Annual administration report of the Civil Veterinary Department of India - 1897-1898
Year: 1897
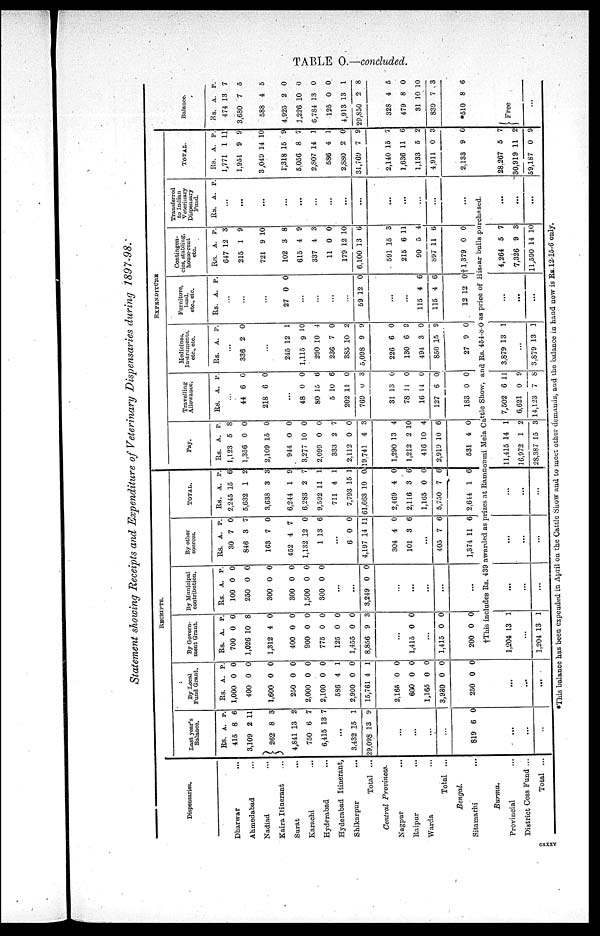
TABLE O.—concluded.
Statement showing Receipts and Expenditure of Veterinary Dispensaries during 7897-98.
Dispensaries.
Dharwar ...
Ahmedabad ...
Nadiad ...
Kaira Itinerant ...
Surat
...
Karachi ...
Hyderabad ...
Hyderabad Itinerant,
Shikarpur ...
Total ...
Central
Provinces.
Nagpur ...
Raipur ...
Warda ...
Total
...
Bengal.
Sitamarhi ...
Burma.
Provincial ...
District Cess Fund ...
Total ...
RECEIPTS.
Last year's
Balance.
Rs.
415
3,109
262
4,841
750
6,415
...
3,432
29,098
...
...
...
...
819
...
...
...
A.
8
2
8
13
6
13
15
13
6
P.
6
11
3
2
7
7
1
9
0
By Local
Fund Grant.
Rs.
1,000
400
1,600
250
2.000
2,100
586
2,900
15,761
2,165
600
1,165
3,930
250
...
...
...
A.
0
0
0
0
0
0
4
0
4
0
0
0
0
0
P.
0
0
0
0
0
0
1
0
1
0
0
0
0
0
By Govern-
ment Grant.
Rs.
700
1,026
1,312
400
900
775
125
1,455
8,856
...
1,415
...
1,415
200
A.
0
10
4
0
0
0
0
0
9
0
0
0
P.
0
8
0
0
0
0
0
0
3
0
0
0
By Municipal
contribution.
Rs.
100
250
300
300
1,500
300
...
...
3,249
...
...
...
...
...
A.
0
0
0
0
0
0
0
P.
0
0
0
0
0
0
0
By other
Sources
Rs.
30
846
163
452
1,132
1
..
6
4,197
304
101
...
405
1,374
A.
7
3
7
4
12
13
0
14
4
3
7
11
P.
0
7
0
7
0
6
0
11
0
6
6
6
TOTAL.
Rs.
2,245
5,632
3,633
6,244
6,283
9,592
711
7.793
61,663
2,469
2,116
1,165
5,750
2,644
A.
15
1
3
1
2
11
4
15
10
4
3
0
7
1
P.
6
2
3
9
7
1
1
1
0
0
6
0
6
6
EXPENDITURE.
Pay.
Rs.
1,123
1,356
2,109
944
3,277
2,099
333
2,112
19,741
1,290
1,212
416
2,919
531
A.
5
0
15
0
10
0
2
0
4
13
2
10
10
4
P.
8
0
0
0
0
0
7
0
3
4
10
4
6
0
Travelling
Allowance.
Rs.
...
44
218
...
48
80
5
202
769
31 1
78
16
127
183
A.
6
6
0
15
10
11
0
3
11
14
6
0
P.
0
0
0
6
6
0
3
0
0
0
0
0
Medicines,
Instruments,
etc., etc.
Rs.
..
336
...
245
1,115
290
236
385
5,098
226
130
494
850
27
A.
.
2
12
9
10
7
10
9
6
6
3
15
9
P.
0
1
10
4
0
2
9
0
9
0
9
0
Furniture,
land,
etc., etc.
Rs.
...
...
...
27
...
...
..
...
59
..
...
115
115
12
A.
0
12
4
4
12
P.
0
0
6
6
0
Contingen¬
cies, stabling,
house-rent etc.
Rs.
647
215
721
102
615
337
11
179
6,100
591
215
90
897
†1,379
A.
12
1
9
3
4
4
0
12
13
15
6
5
11
0
P.
3
9
10
8
9
3
0
10
6
3
11
4
6
0
Transferred
to Indian Veterinary
Dispensary
Fund.
Rs.
...
...
...
...
...
...
...
...
...
...
...
...
...
...
†This includes Rs. 439 awarded as prizes at Ramnoumi Mela Cattle Snow, and Rs. 454-8-0 as price of Hissar bulls purchased.
1,204
...
1,204
13
13
1
1
...
...
...
...
...
...
...
...
...
11,415
16,972
28,387
14
1
15
1
2
3
7,502
6,621
14,123
6
0
7
11
9
8
3,879
...
3,879
13
13
1
1
...
...
...
4,264
7,326
11,590
5
9
14
7
3
10
...
...
...
A. P.
TOTAL.
Rs.
1,771
1,951
3,049
1,318
5,056
2,S07
586
2,880
31,769
2,140
1,636
1,133
4,911
2.133
28.267
30,919
59,187
A.
1
9
14
15
8
14
4
2
7
15
11
5
0
9
5
11
0
P.
11
9
10
9
7
1
1
0
9
7
6
2
3
0
7
2
9
Balance.
Rs.
474
3,630
588
4,925
1,226
6,784
125
4,913
29,850
328
479
31
839
*510
Free
A.
13
7
4
2
10
13
0
13
2
4
8
10
7
8
...
P.
7
5
5
0
0
0
0
1
8
5
0
10
3
6
*This balance has been expended in April on the Cattle Show and to meet other demands, and the balance in hand now is Rs.12-15-6 only.
cxxxv